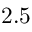
2 . 5